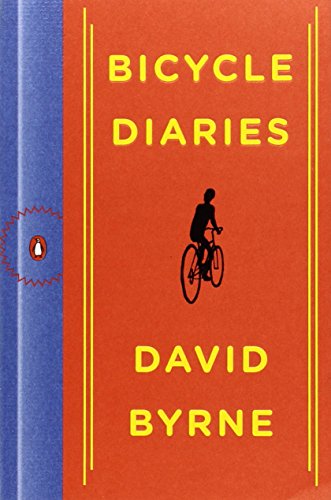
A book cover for Bicycle Diaries; David Byrne; Sports & Outdoors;